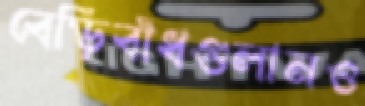
বেড়িবাঁধগুলানও